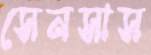
সেনসাস